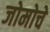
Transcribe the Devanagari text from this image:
जोमोचे